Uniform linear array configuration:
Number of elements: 4
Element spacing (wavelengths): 0.75
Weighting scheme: binomial
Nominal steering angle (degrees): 30
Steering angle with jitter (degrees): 29.218
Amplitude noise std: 0.05
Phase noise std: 0.05

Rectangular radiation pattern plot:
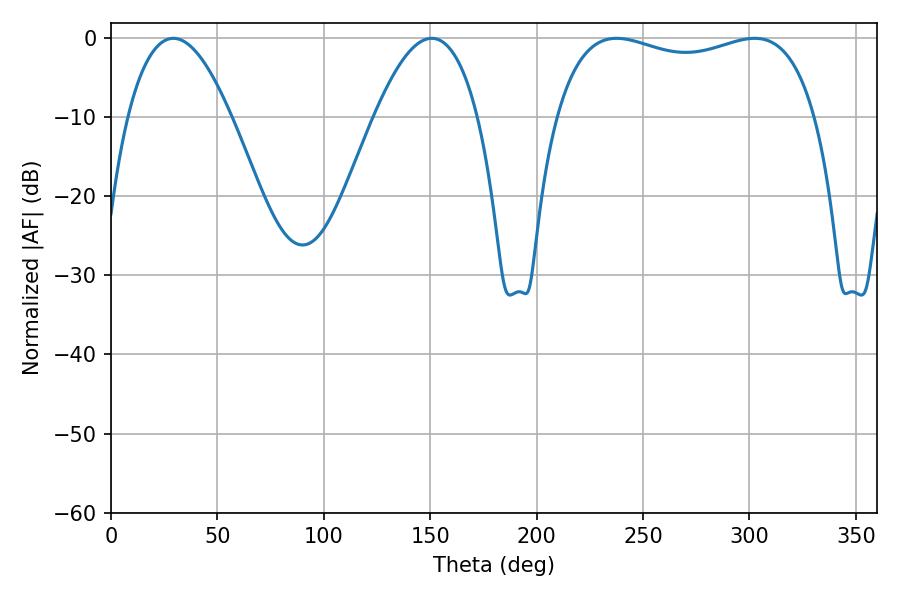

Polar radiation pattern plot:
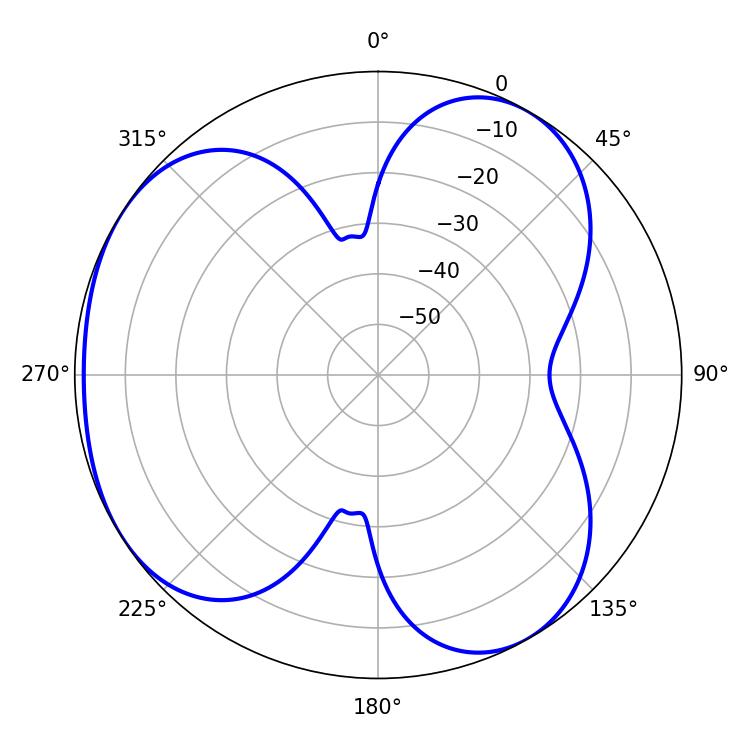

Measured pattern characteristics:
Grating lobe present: TRUE
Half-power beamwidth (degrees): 99.72
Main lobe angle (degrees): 237.6